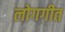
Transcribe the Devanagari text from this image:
लोगगीत